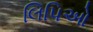
લિપિઓ